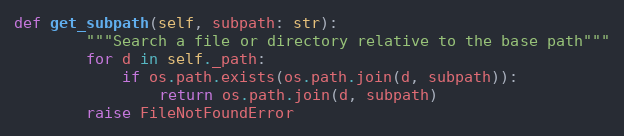
Language: Python
def get_subpath(self, subpath: str):
        """Search a file or directory relative to the base path"""
        for d in self._path:
            if os.path.exists(os.path.join(d, subpath)):
                return os.path.join(d, subpath)
        raise FileNotFoundError